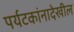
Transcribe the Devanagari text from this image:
पर्यटकांनादेखील